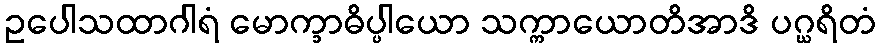
ဥပေါသထာဂါရံ မောက္ခာဓိပ္ပါယော သက္ကာယောတိအာဒိ ပဂ္ဃရိတံ